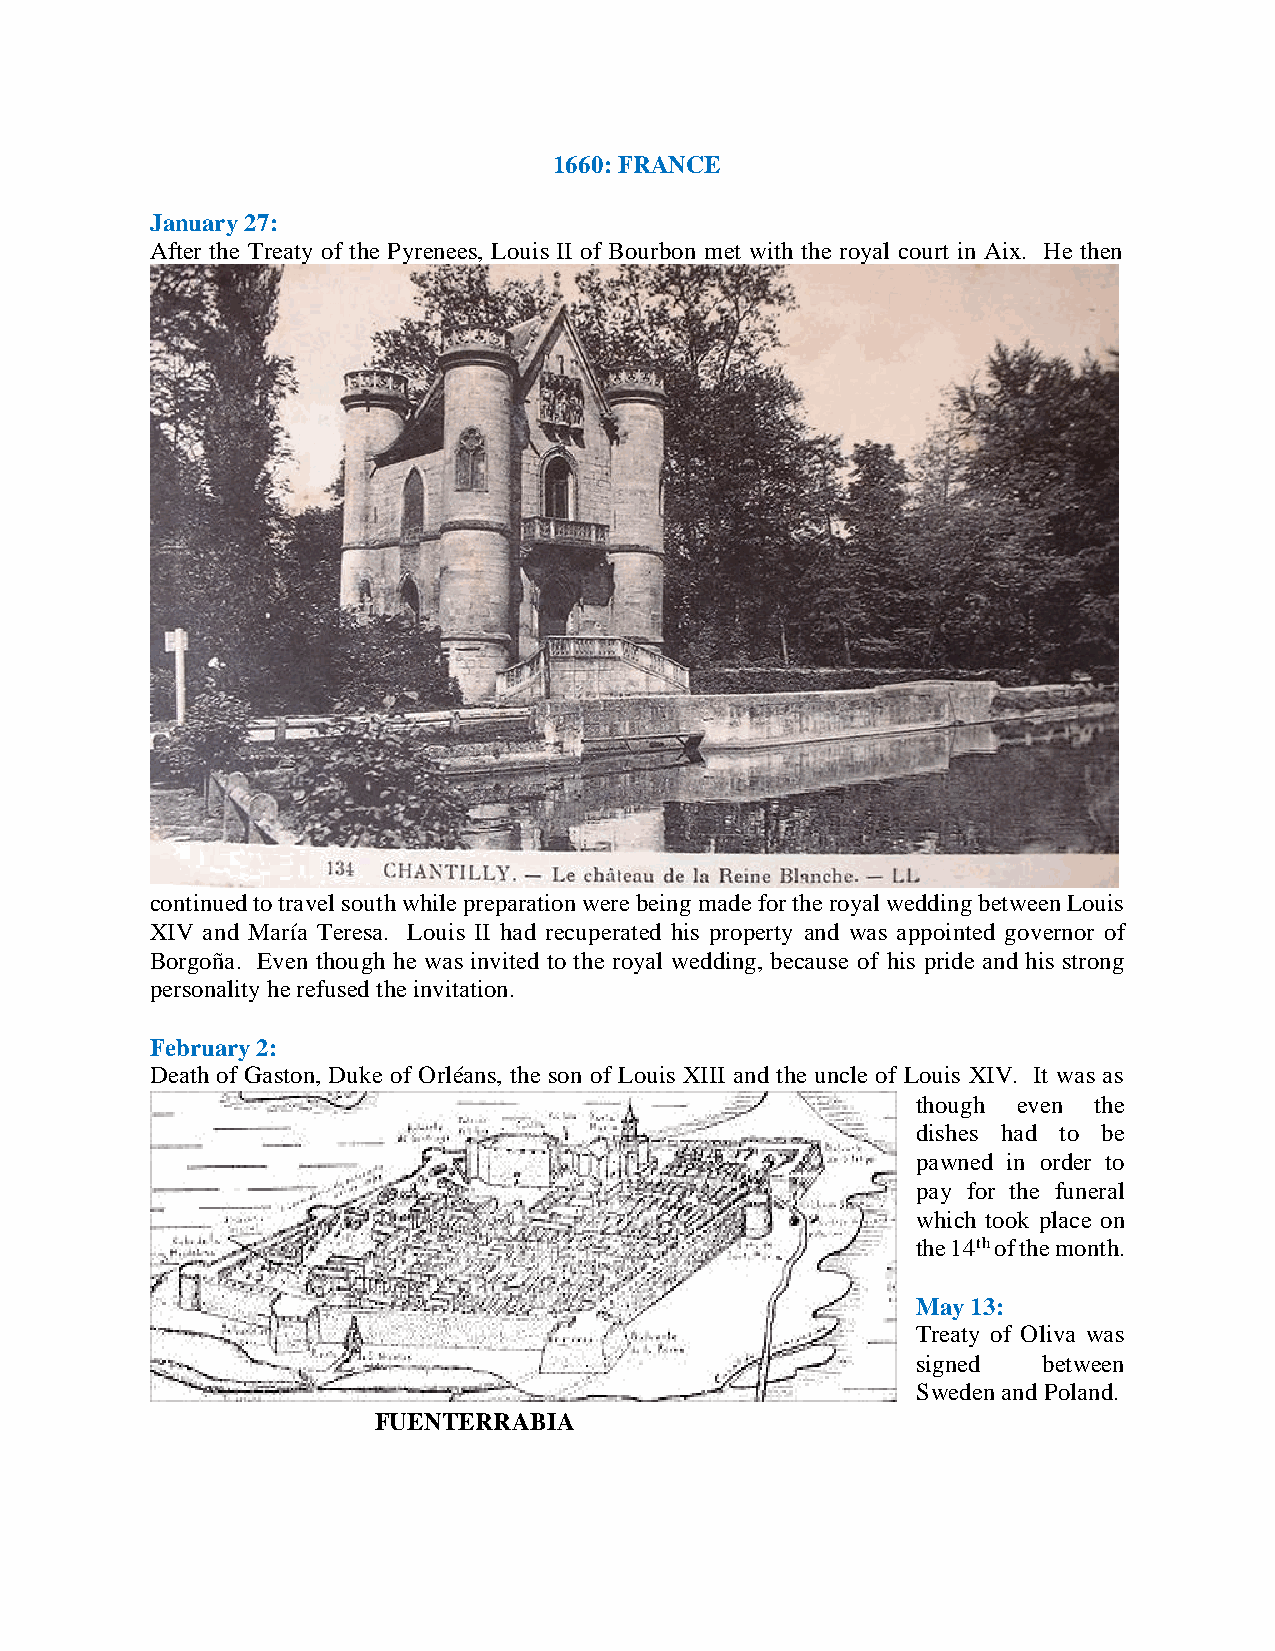
1660: FRANCE
 January 27:
 After the Treaty of the Pyrenees, Louis II of Bourbon met with the royal court in Aix. He then
 continued to travel south while preparation were being made for the royal wedding between Louis
 XIV and María Teresa. Louis II had recuperated his property and was appointed governor of
 Borgoña. Even though he was invited to the royal wedding, because of his pride and his strong
 personality he refused the invitation.
 February 2:
 Death of Gaston, Duke of Orléans, the son of Louis XIII and the uncle of Louis XIV. It was as
 though even the
 dishes had to be
 pawned in order to
 pay for the funeral
 which took place on
 the 14th of the month.
 May 13:
 Treaty of Oliva was
 signed  between
 Sweden and Poland.
 FUENTERRABIA